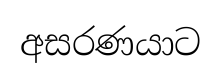
අසරණයාට